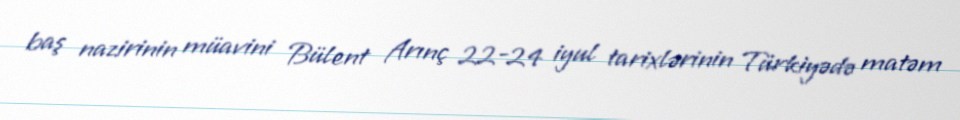
baş nazirinin müavini Bülent Arınç 22-24 iyul tarixlərinin Türkiyədə matəm